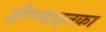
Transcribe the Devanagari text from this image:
होण्याइतका